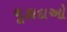
ચૂકાદાઓ